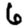
Digit: 6